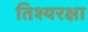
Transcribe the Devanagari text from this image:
तिश्यरक्षा